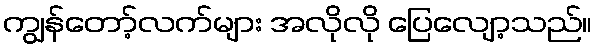
ကျွန်တော့်လက်များ အလိုလို ပြေလျော့သည်။